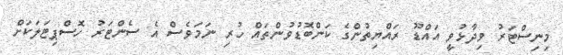
މިނިސްޓަރު ވިދާޅުވީ އައްޑޫ ރައްޔިތުންގެ ކަންބޮޑުވުންތައް ހުރި ނަމަވެސް އެ ސެންޓަރު ހޮސްޕިޓަލަކަށް